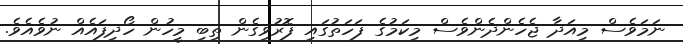
ނަމަވެސް މިއަދާ ޖެހެންދެންވެސް މިކަމުގެ ފަހަތުގައި ފޮރުވިގެން ތިބި މީހުން ހޯދިފައެއް ނުވެއެވެ.